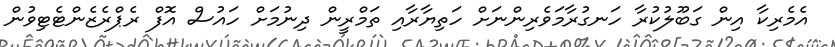
އެމެރިކާ އިން ގަބޫލުކުރާ ހަނގުރާމަވެރިންނަށް ހަތިޔާރާއި ތަމްރީން ދިނުމަށް ހައުސް އޮފް ރެޕްރެޒެންޓެޓިވުން